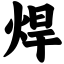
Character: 焊